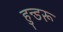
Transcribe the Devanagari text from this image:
हुन्डरू